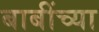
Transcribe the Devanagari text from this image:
बाबींच्‍या